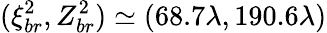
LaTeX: (\xi_{br}^{2},Z_{br}^{2})\simeq(68.7\lambda,190.6\lambda)